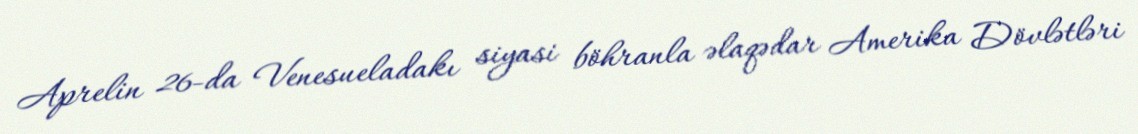
Aprelin 26-da Venesueladakı siyasi böhranla əlaqədar Amerika Dövlətləri